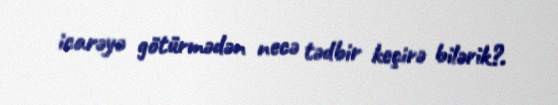
icarəyə götürmədən necə tədbir keçirə bilərik?.